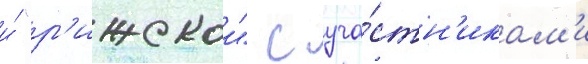
и́ "р'ижскои" с уча́стн'икам'и